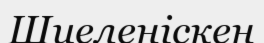
Шиеленіскен